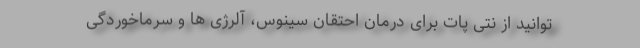
توانید از نتی پات برای درمان احتقان سینوس، آلرژی ها و سرماخوردگی